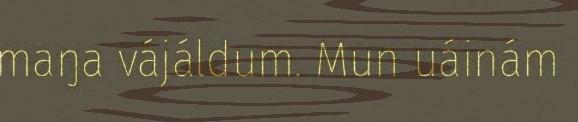
maŋa vájáldum. Mun uáinám